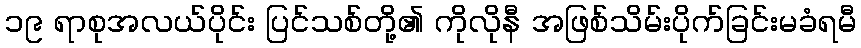
၁၉ ရာစုအလယ်ပိုင်း ပြင်သစ်တို့၏ ကိုလိုနီ အဖြစ်သိမ်းပိုက်ခြင်းမခံရမီ